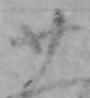
廿